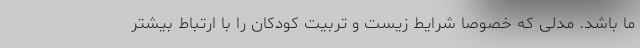
ما باشد. مدلی که خصوصا شرایط زیست و تربیت کودکان را با ارتباط بیشتر